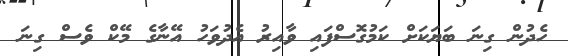
ހެދުން ގިނަ ބަޔަކަށް ކަމުގޮސްފައި ވާއިރު އެދުވަހު އޭނާގެ މޭކް ވެސް ގިނަ